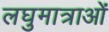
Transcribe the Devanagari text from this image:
लघुमात्राओं